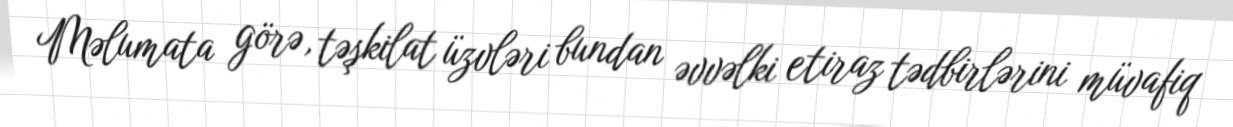
Məlumata görə, təşkilat üzvləri bundan əvvəlki etiraz tədbirlərini müvafiq